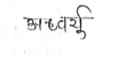
मजकूर: अध्वर्यु